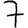
Digit: 7